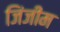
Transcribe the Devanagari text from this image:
जिंजीम